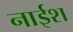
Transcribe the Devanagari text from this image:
नाईश